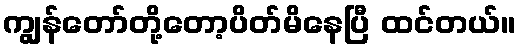
ကျွန်တော်တို့တော့ပိတ်မိနေပြီ ထင်တယ်။